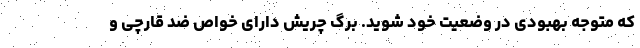
که متوجه بهبودی در وضعیت خود شوید. برگ چریش دارای خواص ضد قارچی و